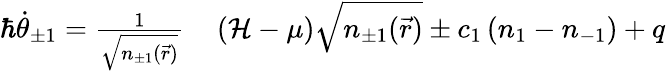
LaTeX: \begin{array}{rl}{\hbar\dot{\theta}_{\pm 1}=\frac{1}{\sqrt{n_{\pm 1}(\vec{r})}}}&{{}\left(\mathcal{H}-\mu\right)\sqrt{n_{\pm 1}(\vec{r})}\pm c_{1}\left(n_{1}-n_{-1}\right)+q}\end{array}